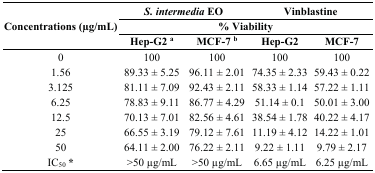
| <ROWSPAN=3> Concentrations (μg/mL) | <COLSPAN=2> S. intermedia EO | <COLSPAN=2> Vinblastine |
 | <COLSPAN=4> % Viability |
 | Hep-G2 a | MCF-7 b | Hep-G2 | MCF-7 |
 | --- | --- | --- | --- | --- |
 | 0 | 100 | 100 | 100 | 100 |
 | 1.56 | 89.33 ± 5.25 | 96.11 ± 2.01 | 74.35 ± 2.33 | 59.43 ± 0.22 |
 | 3.125 | 81.11 ± 7.09 | 92.43 ± 2.11 | 58.33 ± 1.14 | 57.22 ± 1.11 |
 | 6.25 | 78.83 ± 9.11 | 86.77 ± 4.29 | 51.14 ± 0.1 | 50.01 ± 3.00 |
 | 12.5 | 70.13 ± 7.01 | 82.56 ± 4.61 | 38.54 ± 1.78 | 40.22 ± 4.17 |
 | 25 | 66.55 ± 3.19 | 79.12 ± 7.61 | 11.19 ± 4.12 | 14.22 ± 1.01 |
 | 50 | 64.11 ± 2.00 | 76.22 ± 2.11 | 9.22 ± 1.11 | 9.79 ± 2.17 |
 | IC50* | >50 μg/mL | >50 μg/mL | 6.65 μg/mL | 6.25 μg/mL |